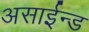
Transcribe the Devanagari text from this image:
असाईन्ड